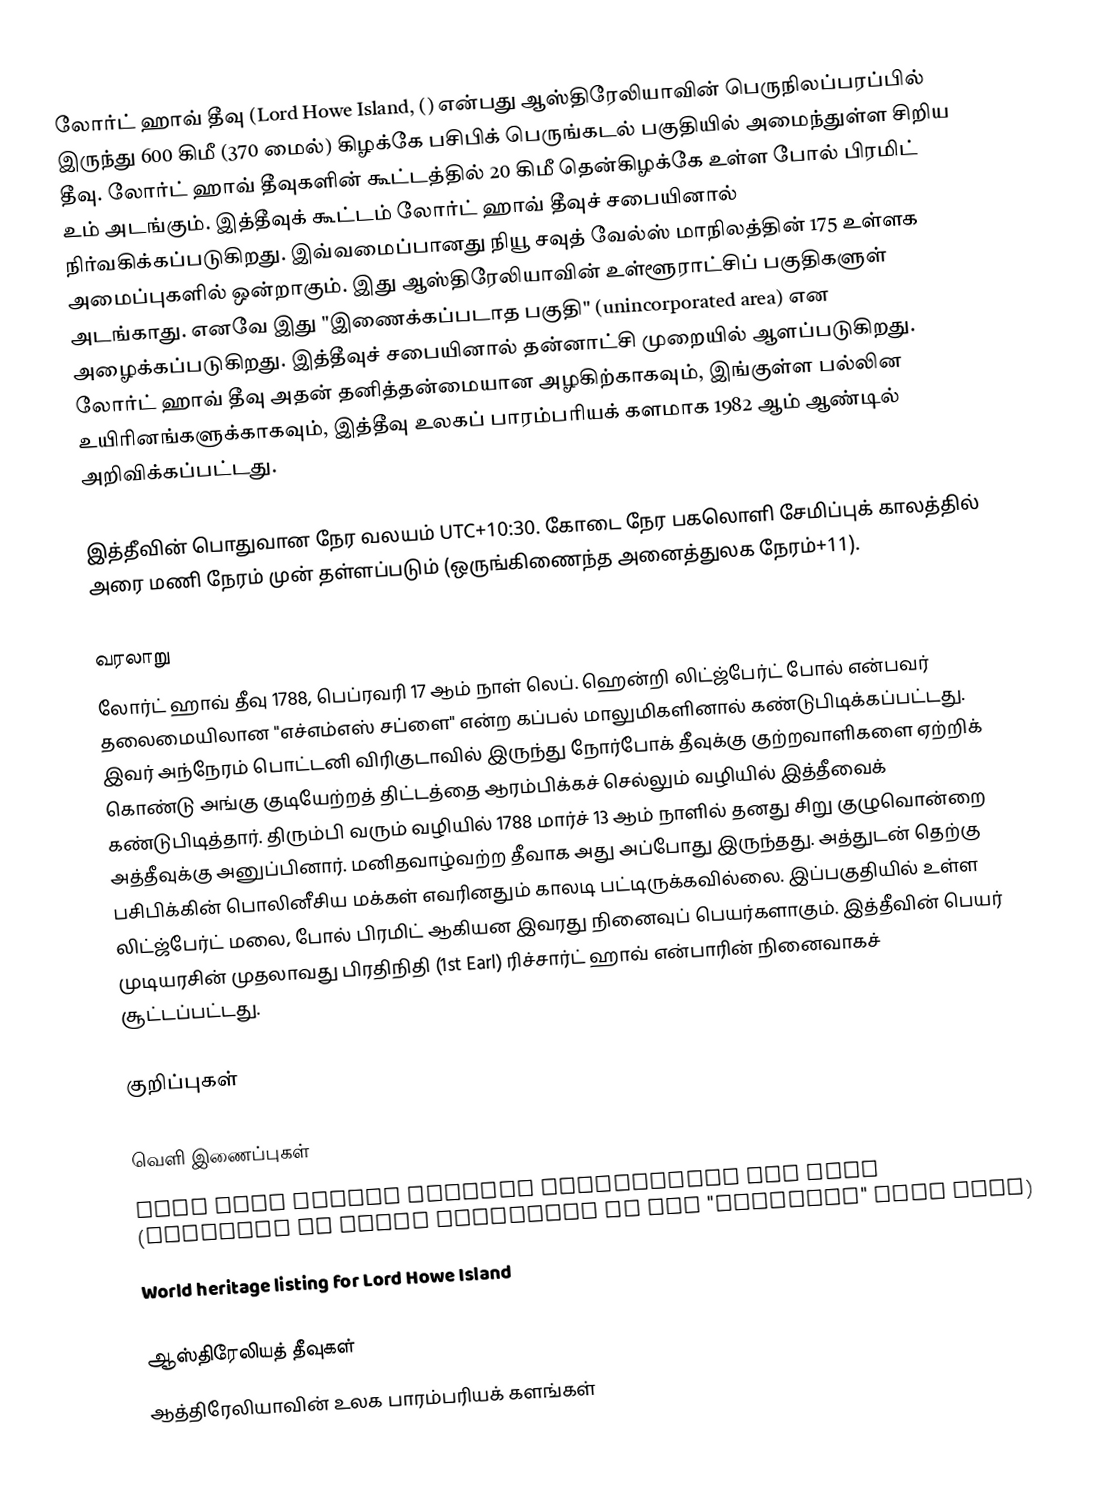
லோர்ட் ஹாவ் தீவு (Lord Howe Island, () என்பது ஆஸ்திரேலியாவின் பெருநிலப்பரப்பில் இருந்து 600 கிமீ (370 மைல்) கிழக்கே பசிபிக் பெருங்கடல் பகுதியில் அமைந்துள்ள சிறிய தீவு. லோர்ட் ஹாவ் தீவுகளின் கூட்டத்தில் 20 கிமீ தென்கிழக்கே உள்ள போல் பிரமிட் உம் அடங்கும். இத்தீவுக் கூட்டம் லோர்ட் ஹாவ் தீவுச் சபையினால் நிர்வகிக்கப்படுகிறது. இவ்வமைப்பானது நியூ சவுத் வேல்ஸ் மாநிலத்தின் 175 உள்ளக அமைப்புகளில் ஒன்றாகும். இது ஆஸ்திரேலியாவின் உள்ளூராட்சிப் பகுதிகளுள் அடங்காது. எனவே இது "இணைக்கப்படாத பகுதி" (unincorporated area) என அழைக்கப்படுகிறது. இத்தீவுச் சபையினால் தன்னாட்சி முறையில் ஆளப்படுகிறது. லோர்ட் ஹாவ் தீவு அதன் தனித்தன்மையான அழகிற்காகவும், இங்குள்ள பல்லின உயிரினங்களுக்காகவும், இத்தீவு உலகப் பாரம்பரியக் களமாக 1982 ஆம் ஆண்டில் அறிவிக்கப்பட்டது.

இத்தீவின் பொதுவான நேர வலயம் UTC+10:30. கோடை நேர பகலொளி சேமிப்புக் காலத்தில் அரை மணி நேரம் முன் தள்ளப்படும் (ஒருங்கிணைந்த அனைத்துலக நேரம்+11).

வரலாறு
லோர்ட் ஹாவ் தீவு 1788, பெப்ரவரி 17 ஆம் நாள் லெப். ஹென்றி லிட்ஜ்பேர்ட் போல் என்பவர் தலைமையிலான "எச்எம்எஸ் சப்ளை" என்ற கப்பல் மாலுமிகளினால் கண்டுபிடிக்கப்பட்டது. இவர் அந்நேரம் பொட்டனி விரிகுடாவில் இருந்து நோர்போக் தீவுக்கு குற்றவாளிகளை ஏற்றிக் கொண்டு அங்கு குடியேற்றத் திட்டத்தை ஆரம்பிக்கச் செல்லும் வழியில் இத்தீவைக் கண்டுபிடித்தார். திரும்பி வரும் வழியில் 1788 மார்ச் 13 ஆம் நாளில் தனது சிறு குழுவொன்றை அத்தீவுக்கு அனுப்பினார். மனிதவாழ்வற்ற தீவாக அது அப்போது இருந்தது. அத்துடன் தெற்கு பசிபிக்கின் பொலினீசிய மக்கள் எவரினதும் காலடி பட்டிருக்கவில்லை. இப்பகுதியில் உள்ள லிட்ஜ்பேர்ட் மலை, போல் பிரமிட் ஆகியன இவரது நினைவுப் பெயர்களாகும். இத்தீவின் பெயர் முடியரசின் முதலாவது பிரதிநிதி (1st Earl) ரிச்சார்ட் ஹாவ் என்பாரின் நினைவாகச் சூட்டப்பட்டது.

குறிப்புகள்

வெளி இணைப்புகள்
Lord Howe Island Tourism Association web site (Regarded by local residents as the "Official" home page)
World heritage listing for Lord Howe Island

ஆஸ்திரேலியத் தீவுகள்
ஆத்திரேலியாவின் உலக பாரம்பரியக் களங்கள்